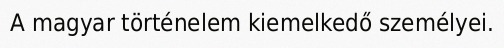
A magyar történelem kiemelkedő személyei.